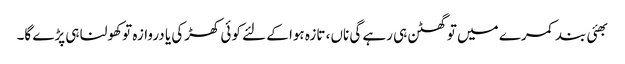
بھئی بند کمرے میں تو گھٹن ہی رہے گی ناں، تازہ ہوا کے لئے کوئی کھڑکی یا دروازہ تو کھولنا ہی پڑے گا۔